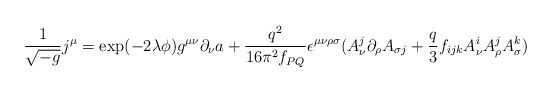
\begin{align*}\frac{1}{\sqrt{-g}}j^\mu=\exp(-2\lambda\phi)g^{\mu\nu}\partial_\nu a+\frac{q^2}{16\pi^2 f_{PQ}}\epsilon^{\mu\nu\rho\sigma}(A_\nu^j\partial_\rho A_{\sigma j}+\frac{q}{3}f_{ijk}A_\nu^i A_\rho^j A_\sigma^k)\end{align*}